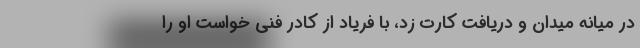
در میانه میدان و دریافت کارت زد، با فریاد از کادر فنی خواست او را